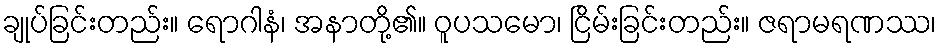
ချုပ်ခြင်းတည်း။ ရောဂါနံ၊ အနာတို့၏။ ဝူပသမော၊ ငြိမ်းခြင်းတည်း။ ဇရာမရဏဿ၊